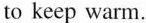
to keep warm.